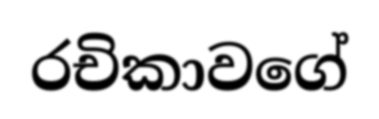
රචිකාවගේ